Document type: Sale
Year: 1435
Scribe: Pere Soler
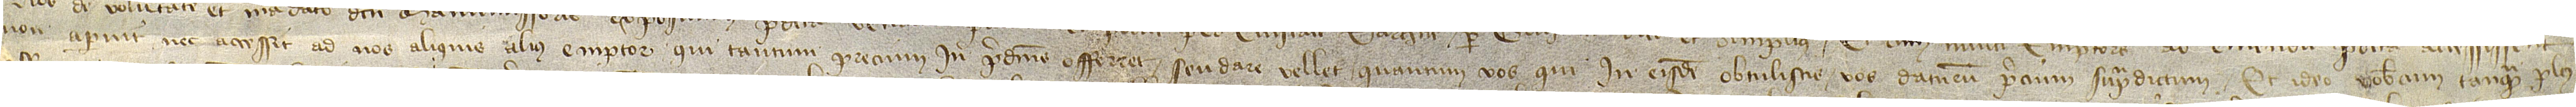
non aparuit nec accessit ad nos aliquis alius emptor qui tantum precium in predictis offerret seu dare vellet quantum vos qui in eisdem obtulistis, vos daturum precium supradictum. Et ideo vobiscum tanquam plus